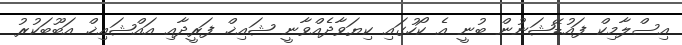
އިސްލާމިކް ފައުޑޭޝަނުން ބުނީ އެ ކޯހުގައި ކިޔަވާދެއްވާނީ ޝައިޚް ފަރީދާއި އައްޝައިޚް އަބޫބަކުރު